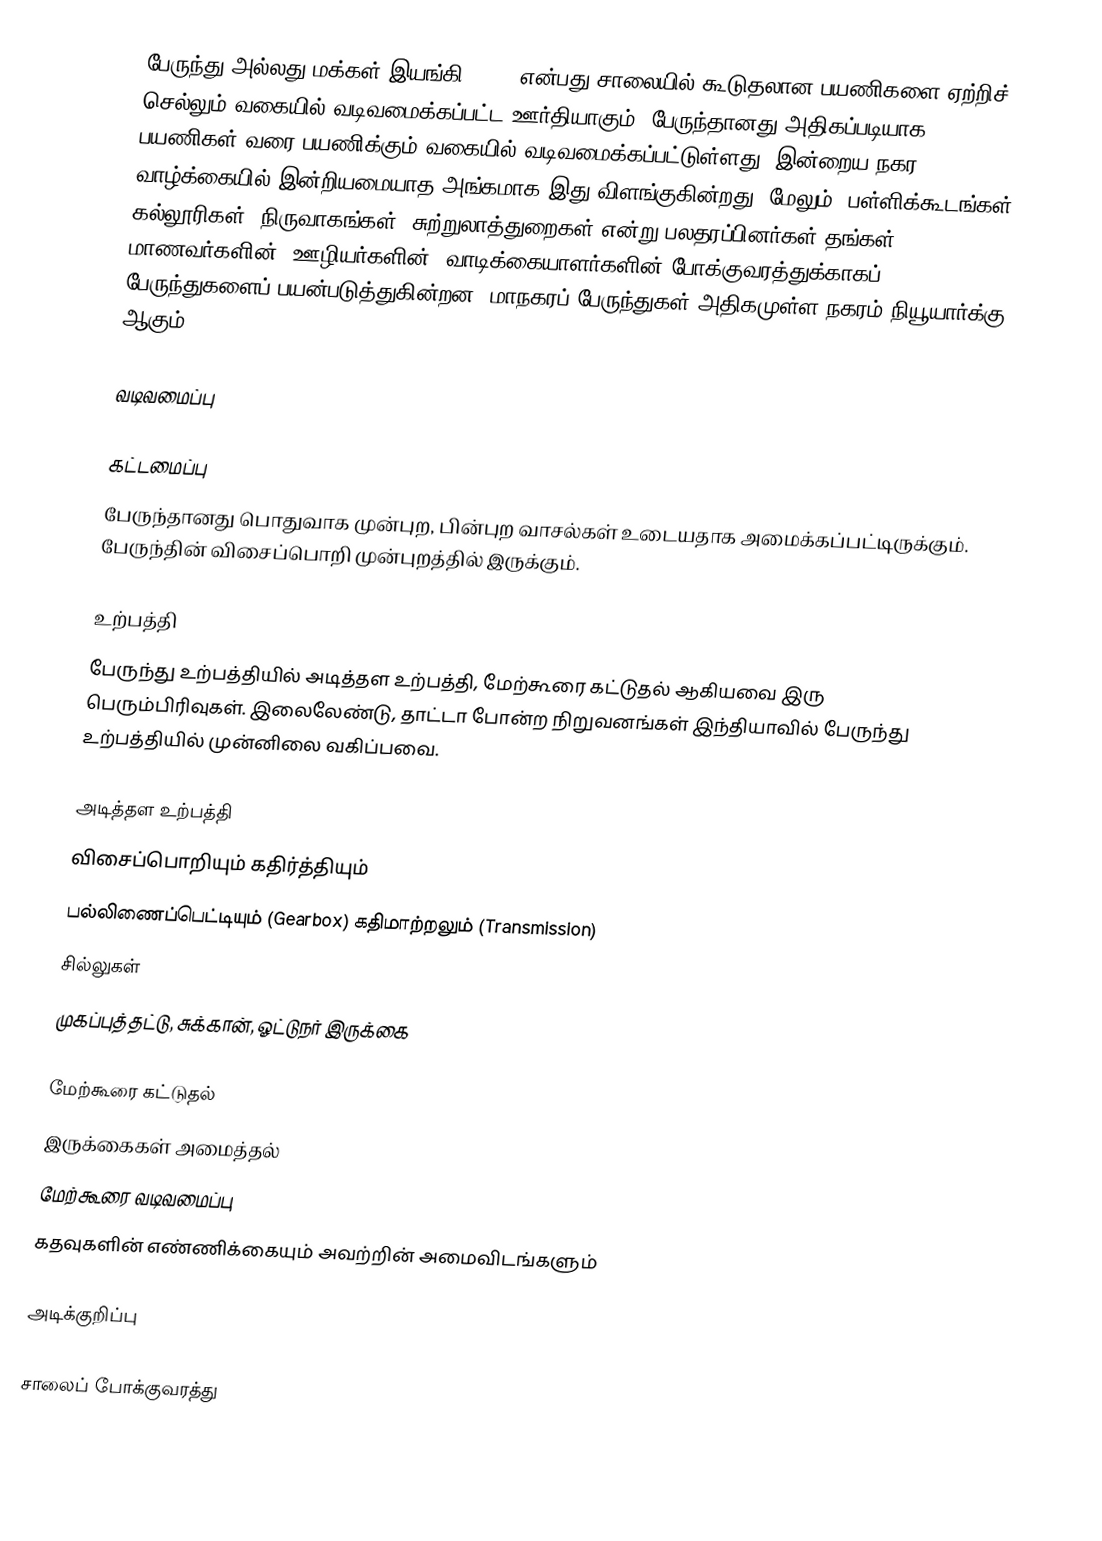
பேருந்து அல்லது மக்கள் இயங்கி (Bus) என்பது சாலையில் கூடுதலான பயணிகளை ஏற்றிச் செல்லும் வகையில் வடிவமைக்கப்பட்ட ஊர்தியாகும். பேருந்தானது அதிகப்படியாக 70-80 பயணிகள் வரை பயணிக்கும் வகையில் வடிவமைக்கப்பட்டுள்ளது. இன்றைய நகர வாழ்க்கையில் இன்றியமையாத அங்கமாக இது விளங்குகின்றது. மேலும், பள்ளிக்கூடங்கள், கல்லூரிகள், நிருவாகங்கள், சுற்றுலாத்துறைகள் என்று பலதரப்பினர்கள் தங்கள் மாணவர்களின், ஊழியர்களின், வாடிக்கையாளர்களின் போக்குவரத்துக்காகப் பேருந்துகளைப் பயன்படுத்துகின்றன. மாநகரப் பேருந்துகள் அதிகமுள்ள நகரம் நியூயார்க்கு ஆகும்.

வடிவமைப்பு

கட்டமைப்பு
பேருந்தானது பொதுவாக முன்புற, பின்புற வாசல்கள் உடையதாக அமைக்கப்பட்டிருக்கும். பேருந்தின் விசைப்பொறி முன்புறத்தில் இருக்கும்.

உற்பத்தி
பேருந்து உற்பத்தியில் அடித்தள உற்பத்தி, மேற்கூரை கட்டுதல் ஆகியவை இரு பெரும்பிரிவுகள். இலைலேண்டு, தாட்டா போன்ற நிறுவனங்கள் இந்தியாவில் பேருந்து உற்பத்தியில் முன்னிலை வகிப்பவை.

அடித்தள உற்பத்தி
விசைப்பொறியும் கதிர்த்தியும்
பல்லிணைப்பெட்டியும் (Gearbox) கதிமாற்றலும் (Transmission)
சில்லுகள்
முகப்புத்தட்டு, சுக்கான், ஓட்டுநர் இருக்கை

மேற்கூரை கட்டுதல்
இருக்கைகள் அமைத்தல்
மேற்கூரை வடிவமைப்பு
கதவுகளின் எண்ணிக்கையும் அவற்றின் அமைவிடங்களும்

அடிக்குறிப்பு

சாலைப் போக்குவரத்து